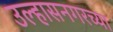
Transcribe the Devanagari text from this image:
उल्हासनगरच्या